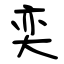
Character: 奕